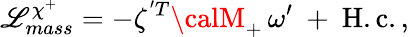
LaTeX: {\cal\mathscr{L}}_{mass}^{\chi^{+}}=-\zeta^{'T}{\calM}_{+}\, \omega^{\prime}\ +\ \mathrm{{H.c.}}\, ,